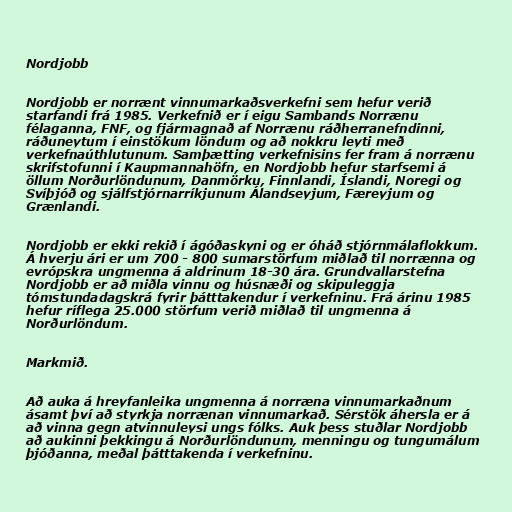
Nordjobb

Nordjobb er norrænt vinnumarkaðsverkefni sem hefur verið
starfandi frá 1985. Verkefnið er í eigu Sambands Norrænu
félaganna, FNF, og fjármagnað af Norrænu ráðherranefndinni,
ráðuneytum í einstökum löndum og að nokkru leyti með
verkefnaúthlutunum. Samþætting verkefnisins fer fram á norrænu
skrifstofunni í Kaupmannahöfn, en Nordjobb hefur starfsemi á
öllum Norðurlöndunum, Danmörku, Finnlandi, Íslandi, Noregi og
Svíþjóð og sjálfstjórnarríkjunum Álandseyjum, Færeyjum og
Grænlandi.

Nordjobb er ekki rekið í ágóðaskyni og er óháð stjórnmálaflokkum.
Á hverju ári er um 700 - 800 sumarstörfum miðlað til norrænna og
evrópskra ungmenna á aldrinum 18-30 ára. Grundvallarstefna
Nordjobb er að miðla vinnu og húsnæði og skipuleggja
tómstundadagskrá fyrir þátttakendur í verkefninu. Frá árinu 1985
hefur ríflega 25.000 störfum verið miðlað til ungmenna á
Norðurlöndum.

Markmið.

Að auka á hreyfanleika ungmenna á norræna vinnumarkaðnum
ásamt því að styrkja norrænan vinnumarkað. Sérstök áhersla er á
að vinna gegn atvinnuleysi ungs fólks. Auk þess stuðlar Nordjobb
að aukinni þekkingu á Norðurlöndunum, menningu og tungumálum
þjóðanna, meðal þátttakenda í verkefninu.